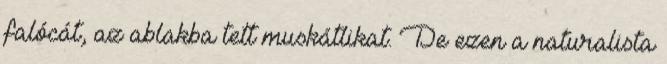
falócát, az ablakba tett muskátlikat. De ezen a naturalista